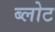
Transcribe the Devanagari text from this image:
ब्लोट